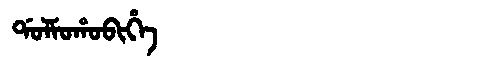
Manchu: ᡩᠣᠯᠮᠣᡥᠣᠪᡳᡥᡝ
Romanization: DOLMOHOBIHE